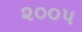
૨૦૦પ